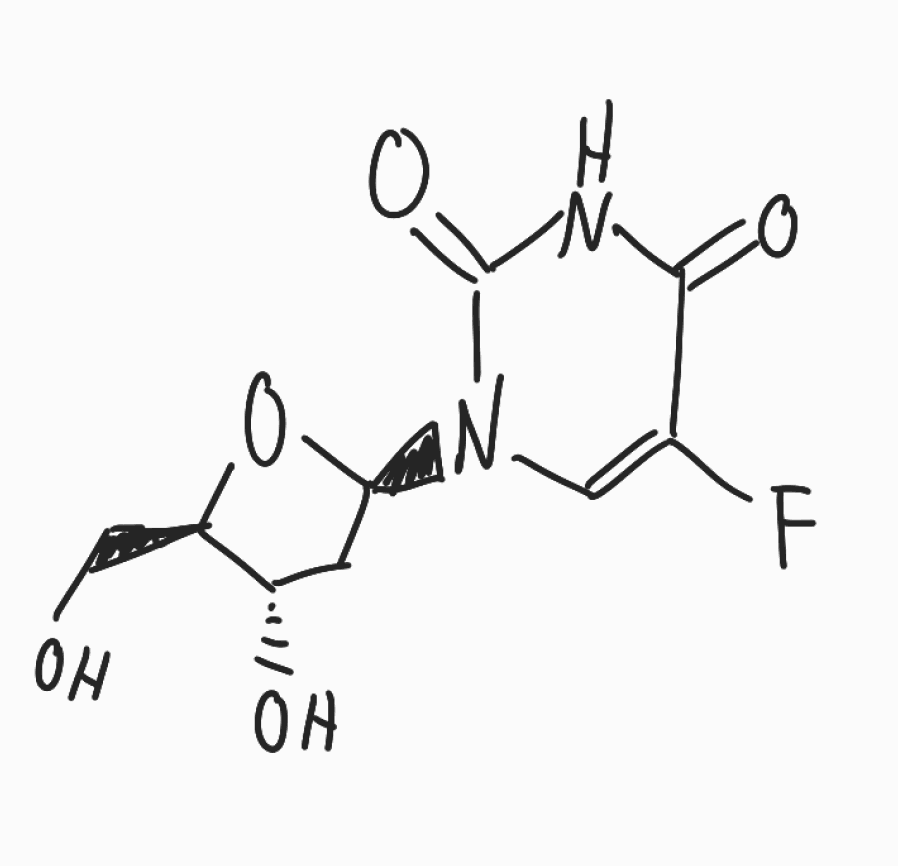
Simplified molecular-input line-entry system (SMILES) notation of the given molecule:
C1[C@@H]([C@H](O[C@H]1N2C=C(C(=O)NC2=O)F)CO)O